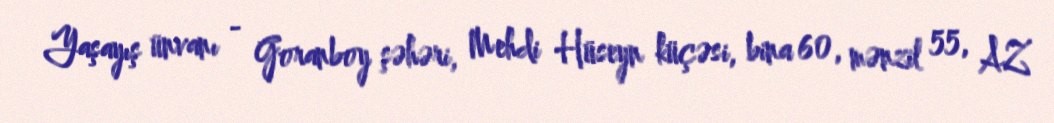
Yaşayış ünvanı - Goranboy şəhəri, Mehdi Hüseyn küçəsi, bina 60, mənzil 55, AZ